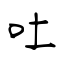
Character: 吐